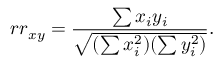
r r _ { x y } = { \frac { \sum x _ { i } y _ { i } } { \sqrt { ( \sum x _ { i } ^ { 2 } ) ( \sum y _ { i } ^ { 2 } ) } } } .